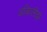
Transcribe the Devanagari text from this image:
अकिलीझ